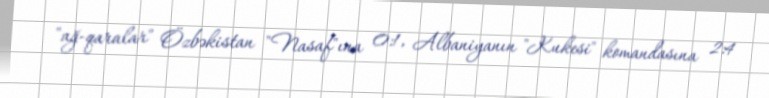
"ağ-qaralar" Özbəkistan "Nasaf"ına 0:1, Albaniyanın "Kukesi" komandasına 2:4